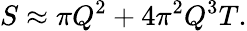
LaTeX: S\approx\pi Q^{2}+4\pi^{2}Q^{3}T.